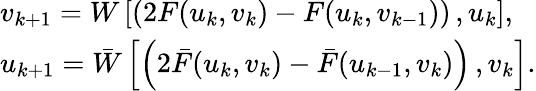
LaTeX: \begin{array}{l}{{v_{k+1}=W\left[\left(2F(u_{k},v_{k})-F(u_{k},v_{k-1})\right)\, ,u_{k}\right],}}\\ {{u_{k+1}=\bar{W}\left[\left(2\bar{F}(u_{k},v_{k})-\bar{F}(u_{k-1},v_{k})\right)\, ,v_{k}\right].}}\end{array}